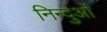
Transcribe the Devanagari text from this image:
निन्दुओं